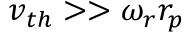
v _ { t h } > > \omega _ { r } r _ { p }